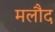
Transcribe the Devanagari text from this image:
मलौद